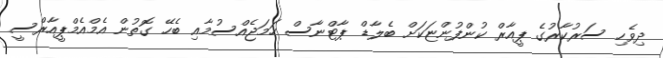
ދިވެހި ސަރުކާރުގެ ޕީއާރް ކުންފުންޏަކަށް ބެލާޑް ޕާޓްނާސް ހަމަޖެއްސުމާއި ބެހޭ ގޮތުން އެމްއެމްޕީއާރްސީ